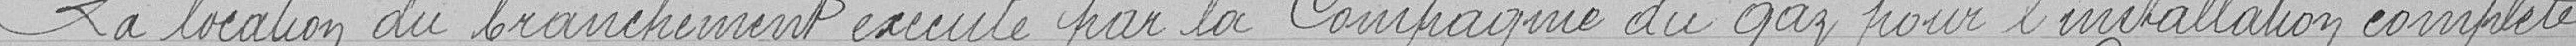
La location du branchement exécuté par la Compagnie du gaz pour l'installation complète.